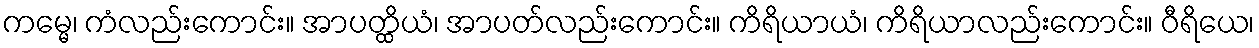
ကမ္မေ၊ ကံလည်းကောင်း။ အာပတ္ထိယံ၊ အာပတ်လည်းကောင်း။ ကိရိယာယံ၊ ကိရိယာလည်းကောင်း။ ဝီရိယေ၊